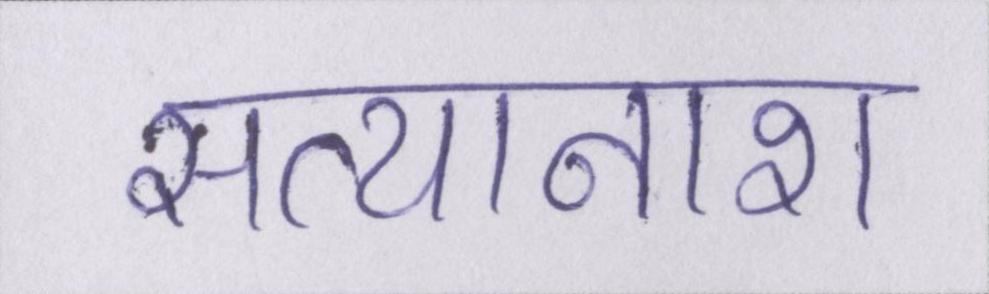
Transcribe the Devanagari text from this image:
सत्यानाश